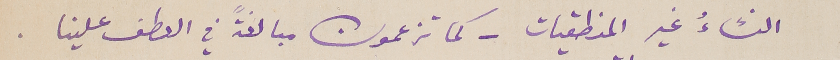
النسًاءُ غير المنطقيات – كما تزعمون مبالغةً في العطف علينا.